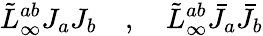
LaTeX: \tilde{L}_{\infty}^{ab}J_{a}J_{b}\quad,\quad\tilde{L}_{\infty}^{ab}\bar{J}_{a}\bar{J}_{b}